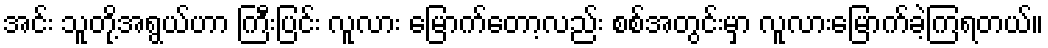
အင်း သူတို့အရွယ်ဟာ ကြီးပြင်း လူလား မြောက်တော့လည်း စစ်အတွင်းမှာ လူလားမြောက်ခဲ့ကြရတယ်။